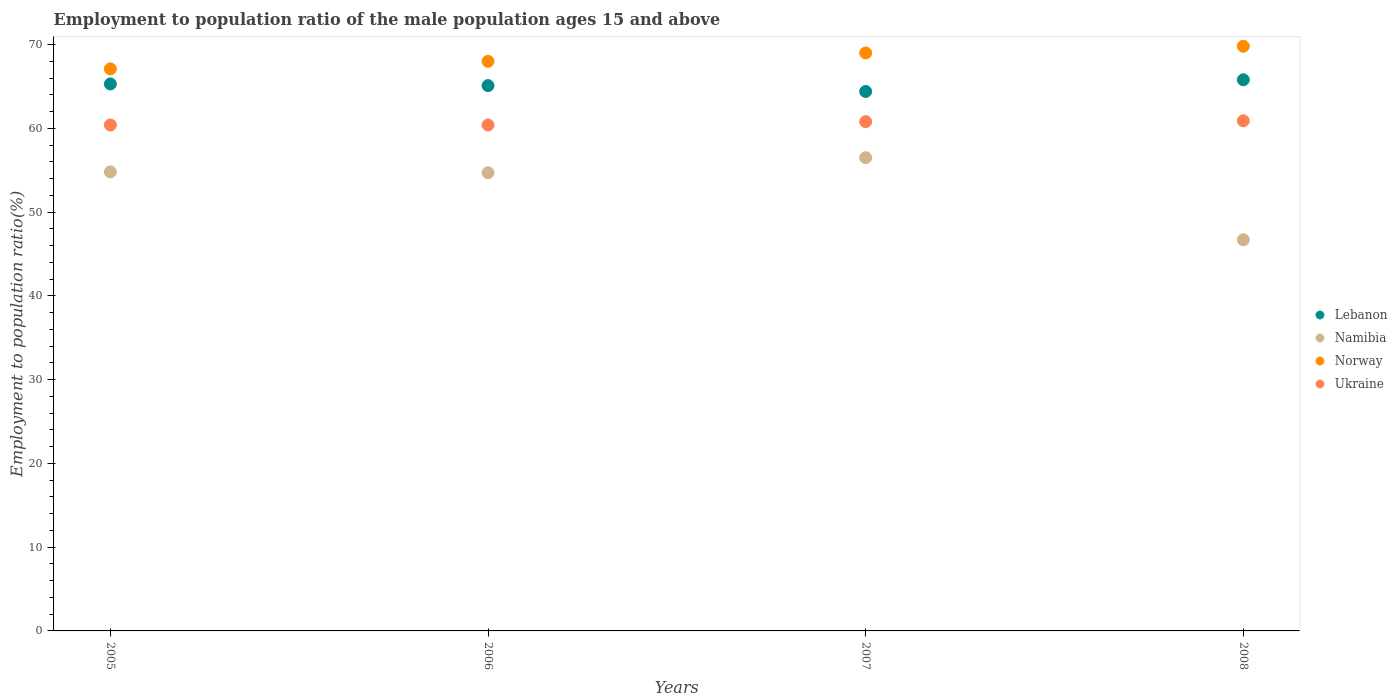
| Years | Lebanon | Namibia | Norway | Ukraine |
 | --- | --- | --- | --- | --- |
 | 2005 | 65.3 | 54.8 | 67.1 | 60.4 |
 | 2006 | 65.1 | 54.7 | 68 | 60.4 |
 | 2007 | 64.4 | 56.5 | 69 | 60.8 |
 | 2008 | 65.8 | 46.7 | 69.8 | 60.9 |